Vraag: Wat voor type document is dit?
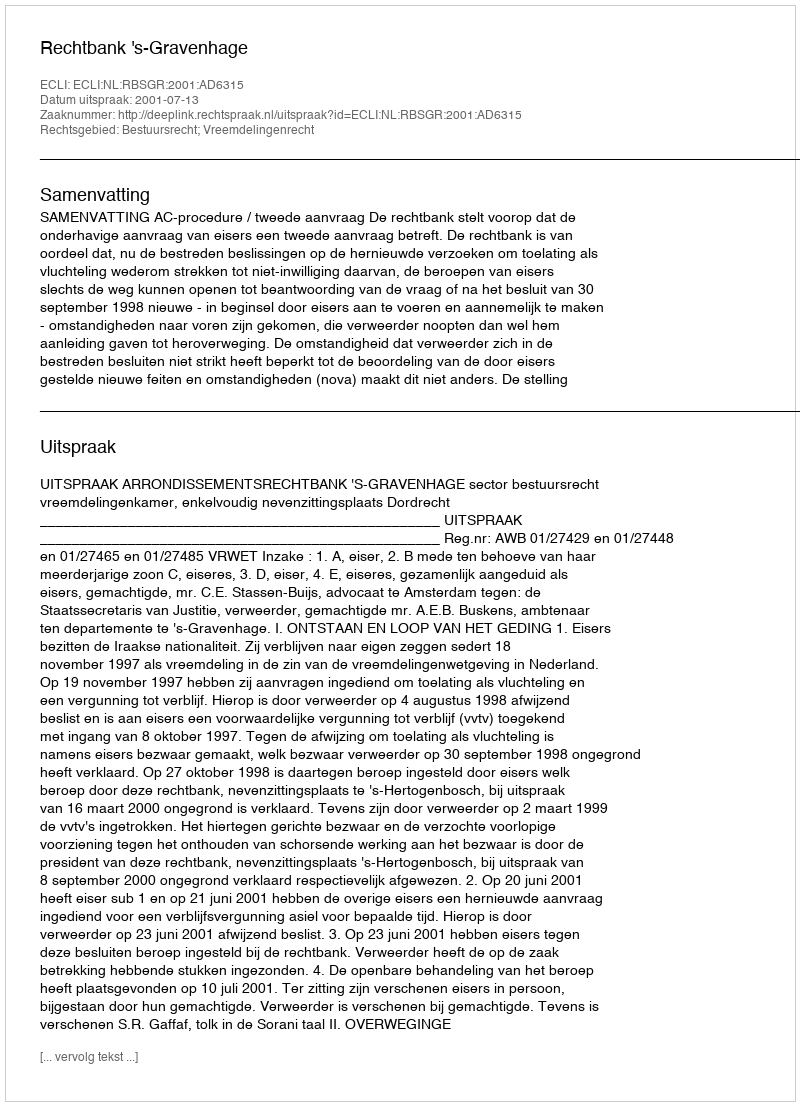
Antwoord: Uitspraak